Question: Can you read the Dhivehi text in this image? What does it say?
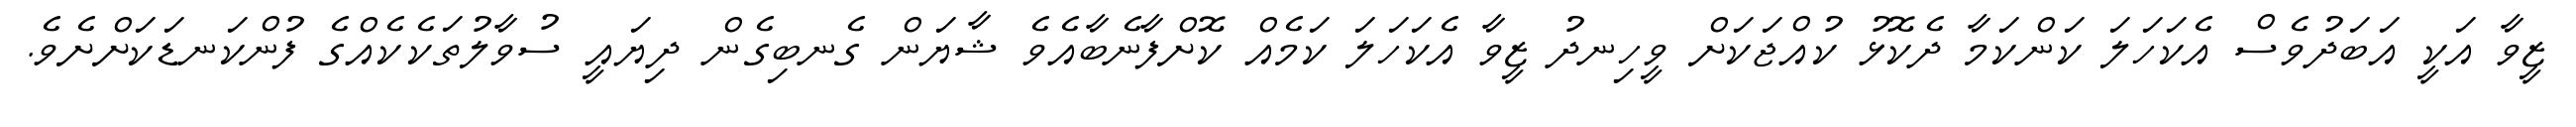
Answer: ޒީވާ އަކީ އަބަދުވެސް އެކަހަލަ ކަންކަމާ ދެކޮޅު ކުއްޖަކަށް ވީހިނދު ޒީވާ އެކަހަލަ ކަމެއް ކޮށްފާނެބާއެވެ ޝާޔަން ގެނބިގެން ދިޔައީ ސުވާލުތަކެކެއްގެ ފުންކަނޑަކަށްށެވެ.